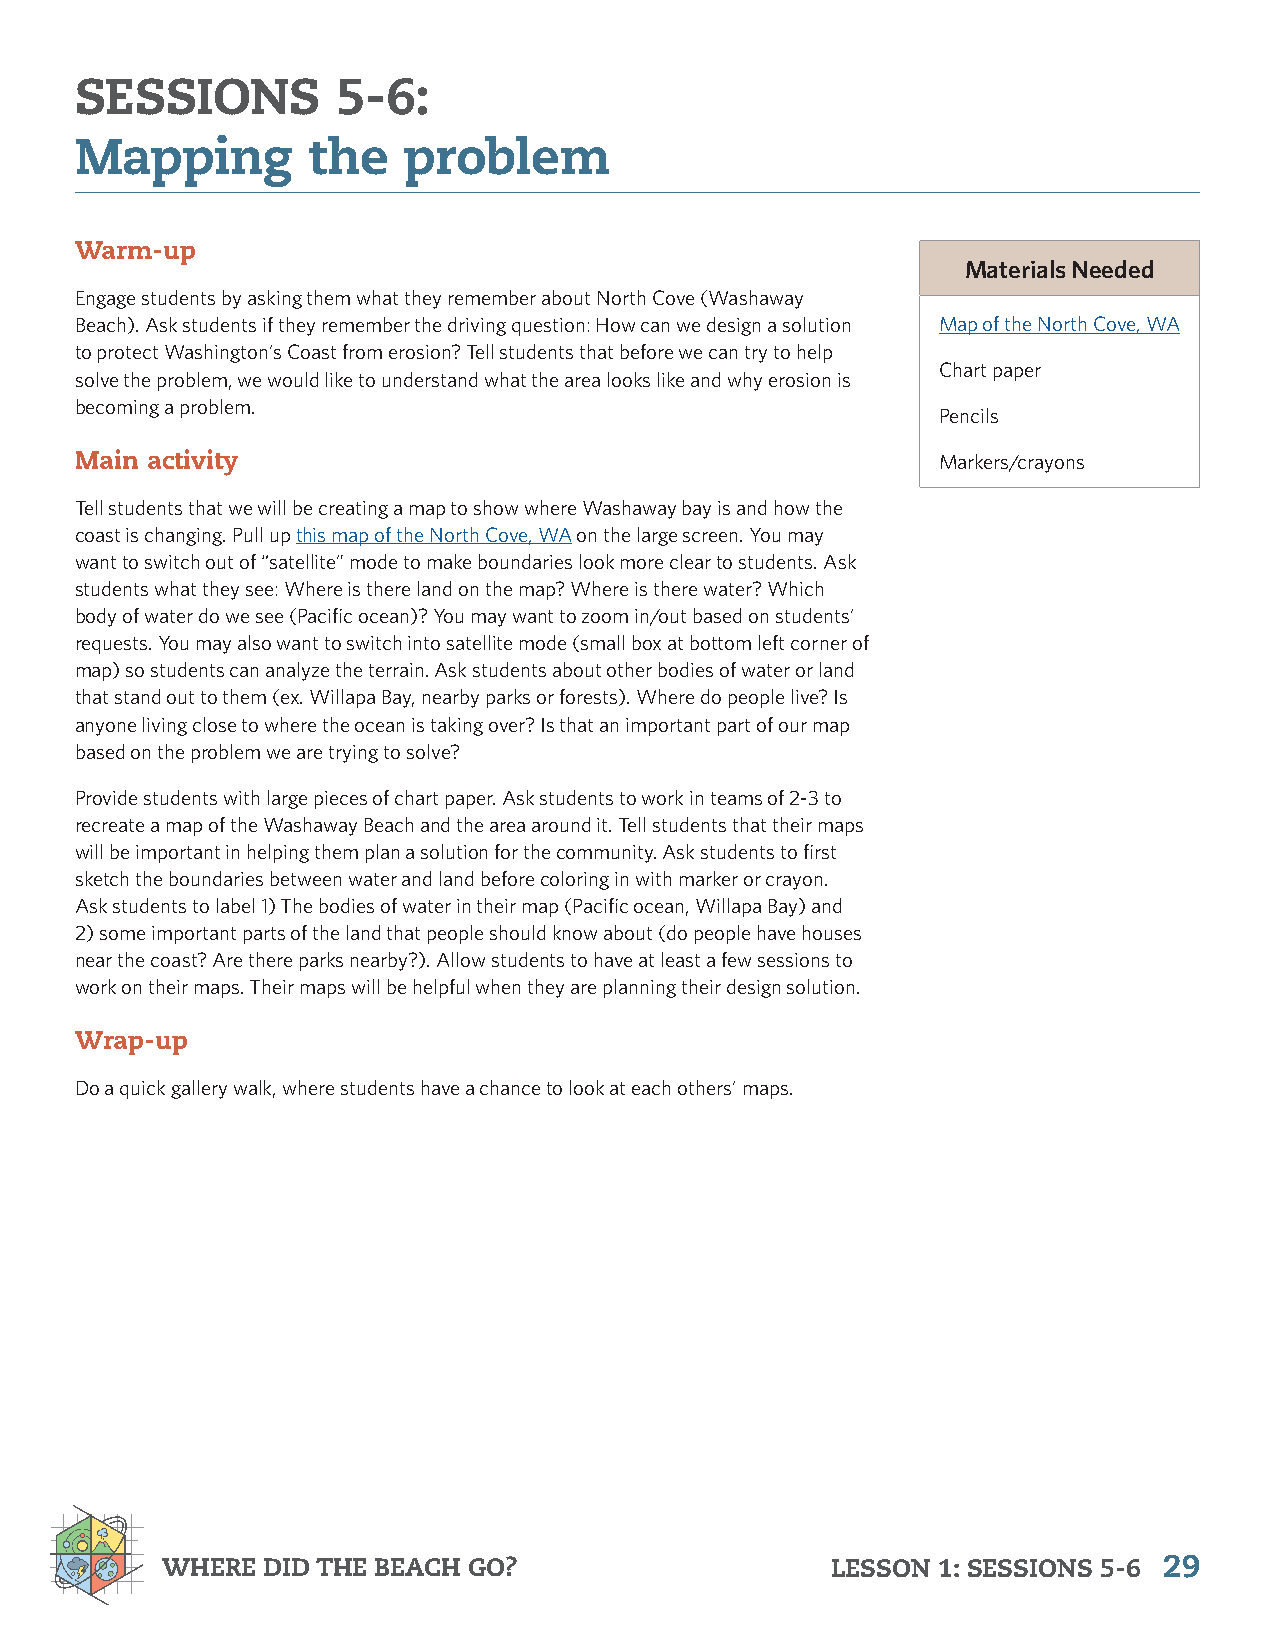
SESSIONS         5-6:
 Mapping        the    problem
 Warm-up
 Materials Needed
 Engage students by asking them what they remember about North Cove (Washaway
 Beach). Ask students if they remember the driving question: How can we design a solution Map of the North Cove, WA
 to protect Washington’s Coast from erosion? Tell students that before we can try to help
 Chart paper
 solve the problem, we would like to understand what the area looks like and why erosion is
 becoming a problem.
 Pencils
 Main activity                                            Markers/crayons
 Tell students that we will be creating a map to show where Washaway bay is and how the
 coast is changing. Pull up this map of the North Cove, WA on the large screen. You may
 want to switch out of “satellite” mode to make boundaries look more clear to students. Ask
 students what they see: Where is there land on the map? Where is there water? Which
 body of water do we see (Pacific ocean)? You may want to zoom in/out based on students’
 requests. You may also want to switch into satellite mode (small box at bottom left corner of
 map) so students can analyze the terrain. Ask students about other bodies of water or land
 that stand out to them (ex. Willapa Bay, nearby parks or forests). Where do people live? Is
 anyone living close to where the ocean is taking over? Is that an important part of our map
 based on the problem we are trying to solve?
 Provide students with large pieces of chart paper. Ask students to work in teams of 2-3 to
 recreate a map of the Washaway Beach and the area around it. Tell students that their maps
 will be important in helping them plan a solution for the community. Ask students to first
 sketch the boundaries between water and land before coloring in with marker or crayon.
 Ask students to label 1) The bodies of water in their map (Pacific ocean, Willapa Bay) and
 2) some important parts of the land that people should know about (do people have houses
 near the coast? Are there parks nearby?). Allow students to have at least a few sessions to
 work on their maps. Their maps will be helpful when they are planning their design solution.
 Wrap-up
 Do a quick gallery walk, where students have a chance to look at each others’ maps.
 WHERE DID THE BEACH GO?                     LESSON 1: SESSIONS 5-6 29